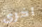
اخرى